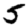
Digit: 5